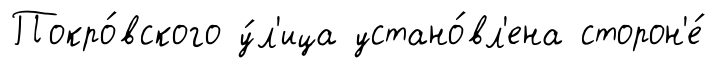
Покро́вского у́л'ица устано́вл'ена сторон'е́